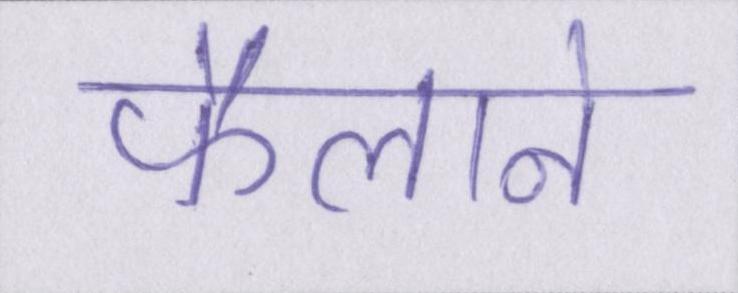
फैलाने